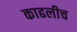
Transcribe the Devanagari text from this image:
काढलीच